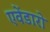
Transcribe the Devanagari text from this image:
एवेंडारो